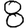
Digit: 8